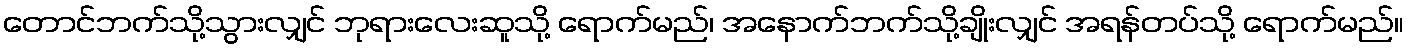
တောင်ဘက်သို့သွားလျှင် ဘုရားလေးဆူသို့ ရောက်မည်၊ အနောက်ဘက်သို့ချိုးလျှင် အရန်တပ်သို့ ရောက်မည်။